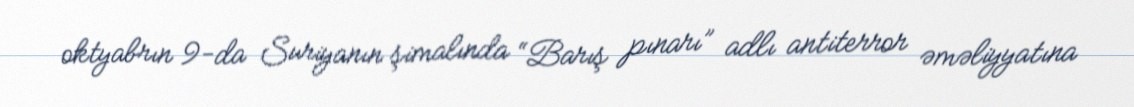
oktyabrın 9-da Suriyanın şimalında “Barış pınarı” adlı antiterror əməliyyatına